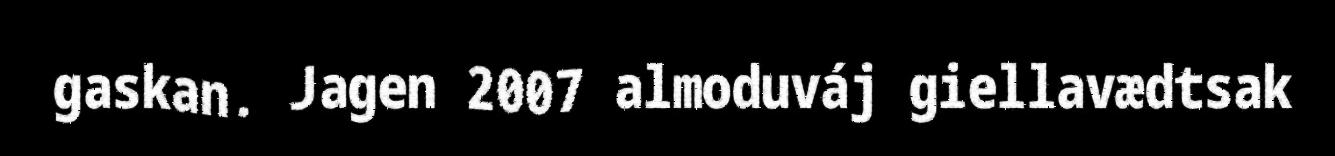
gaskan. Jagen 2007 almoduváj giellavædtsak